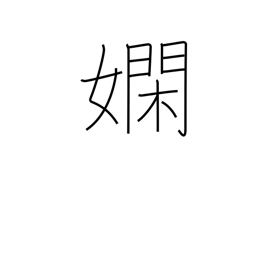
Meaning: skillful